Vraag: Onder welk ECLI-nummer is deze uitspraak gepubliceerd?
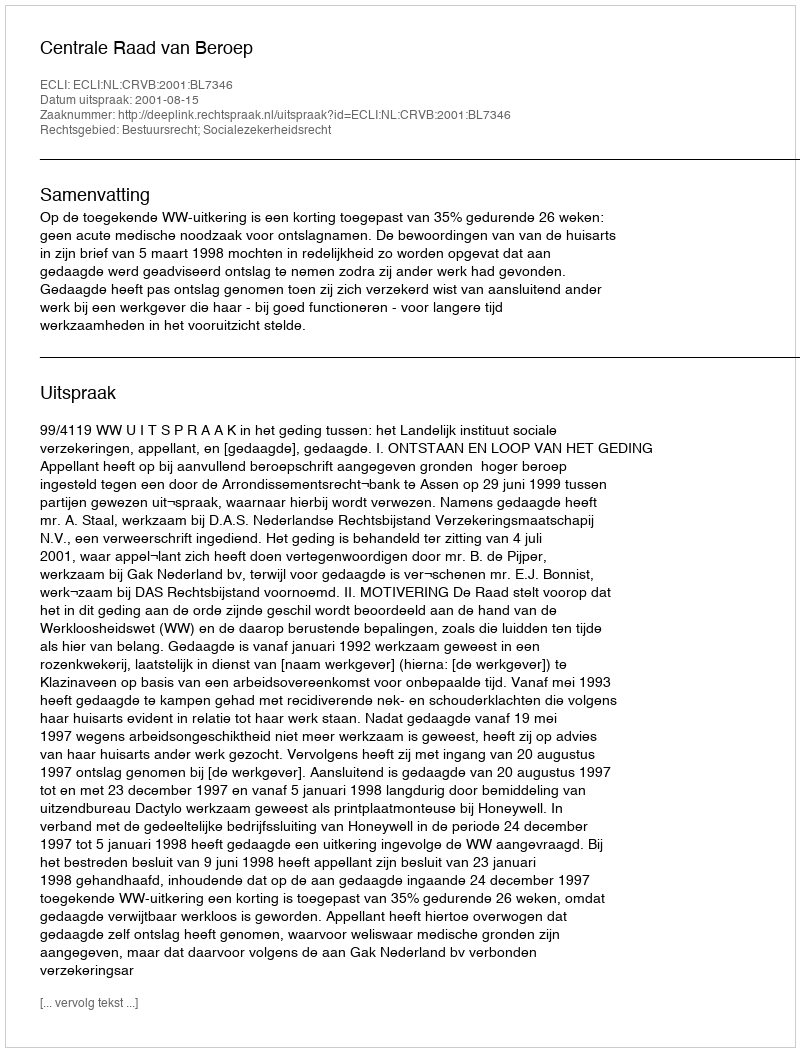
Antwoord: ECLI:NL:CRVB:2001:BL7346